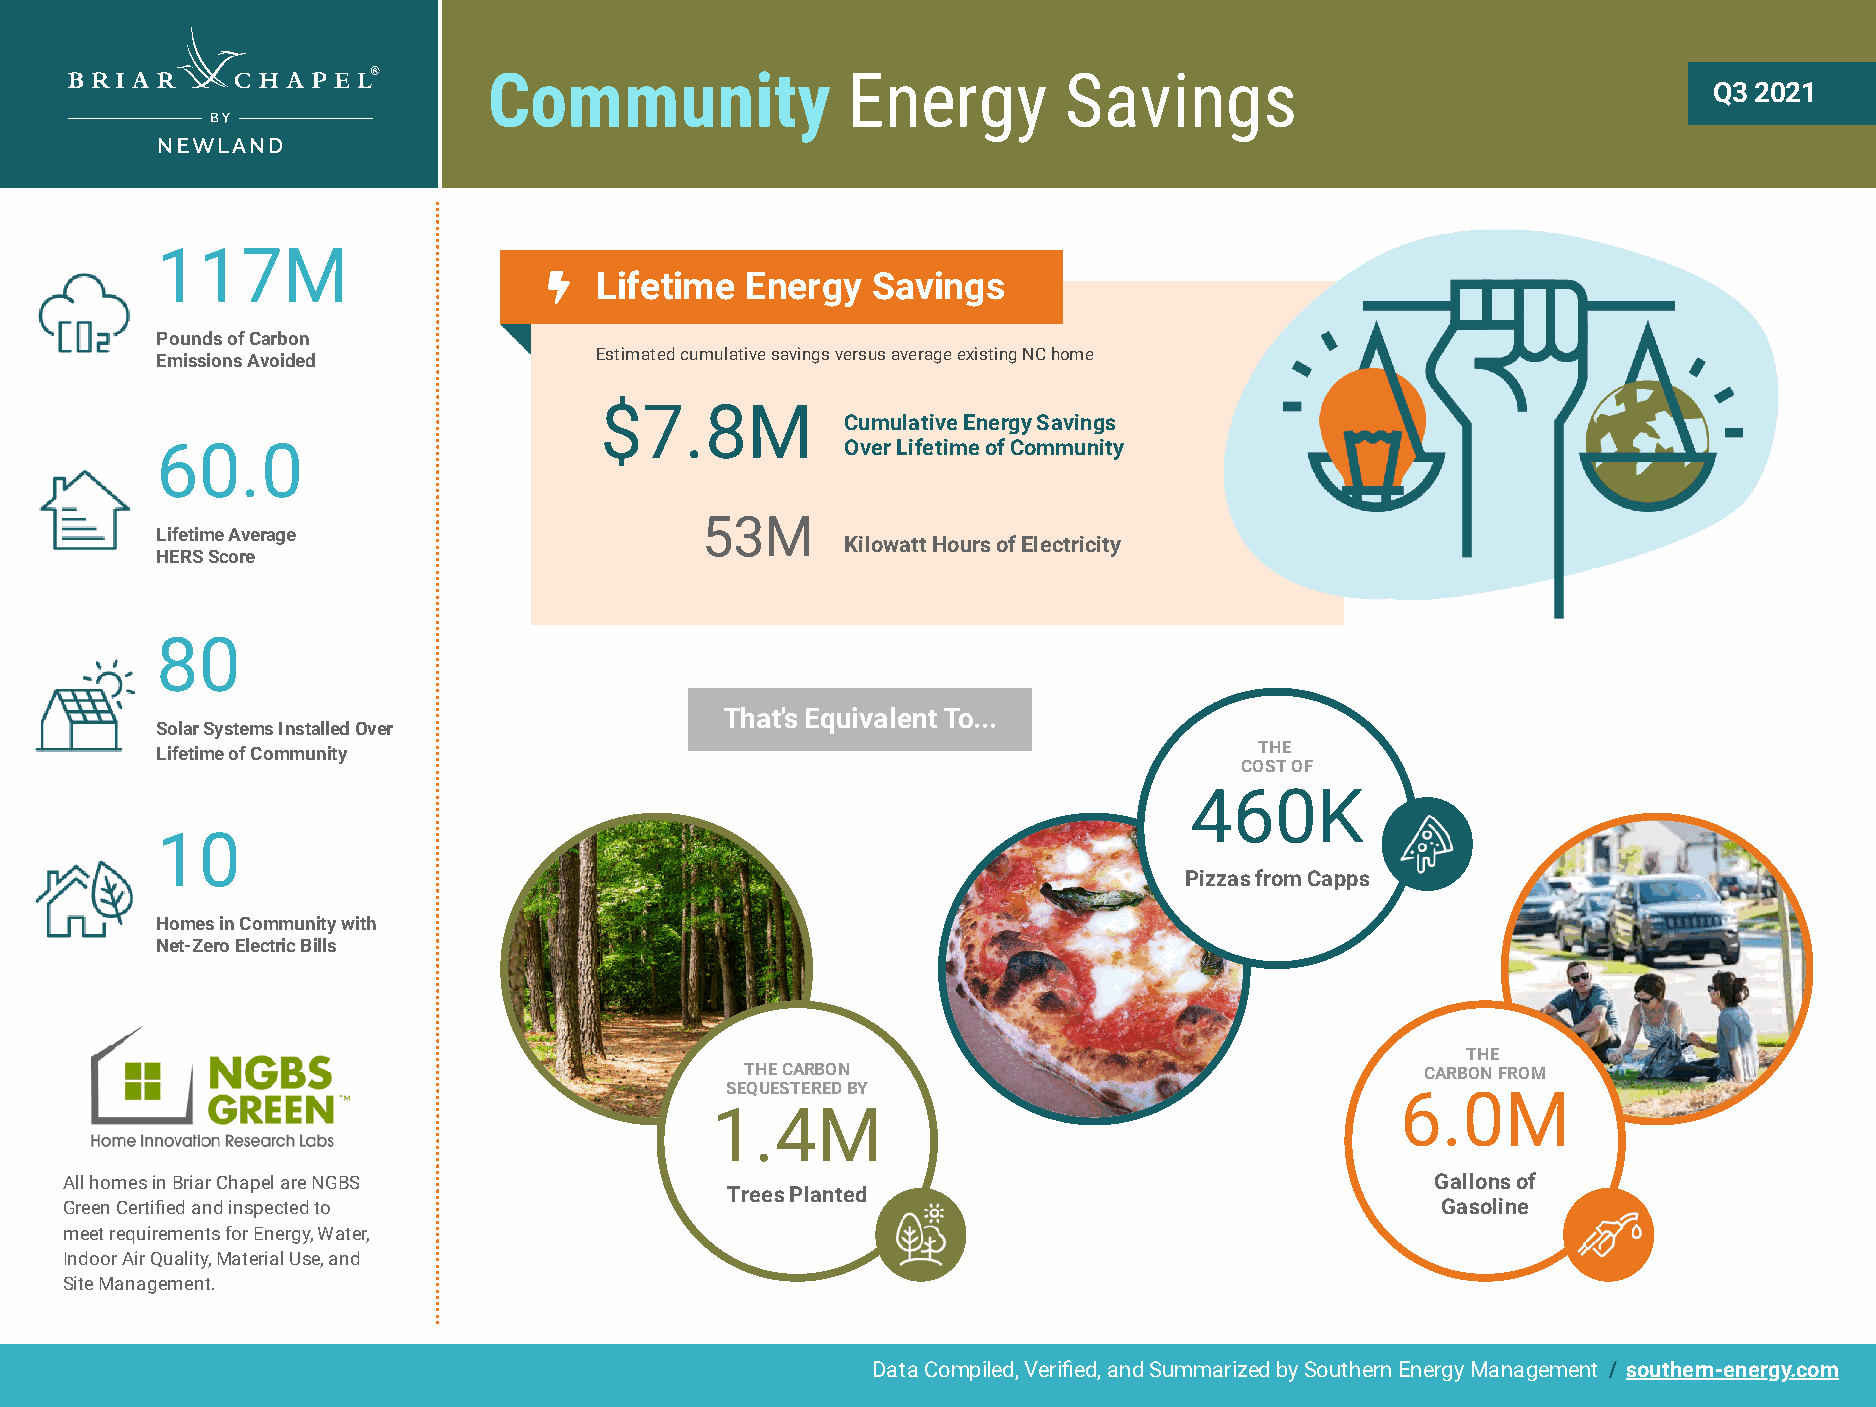
Community               Energy        Savings
 Q3 2021
 117M
 Lifetime  Energy   Savings
 Pounds of Carbon
 Estimated cumulative savings versus average existing NC home
 Emissions Avoided
 $7.8M
 Cumulative Energy Savings
 60.0                                          Over Lifetime of Community
 53M
 Lifetime Average
 Kilowatt Hours of Electricity
 HERS Score
 80
 That's Equivalent To...
 Solar Systems Installed Over
 Lifetime of Community                                                    THE
 COST OF
 460K
 10
 Pizzas from Capps
 Homes in Community with
 Net-Zero Electric Bills
 THE
 THE CARBON                                   CARBON FROM
 SEQUESTERED BY
 6.0M
 1.4M
 All homes in Briar Chapel are NGBS                                                         Gallons of
 Trees Planted
 Green Certied and inspected to                                                            Gasoline
 meet requirements for Energy, Water,
 Indoor Air Quality, Material Use, and
 Site Management.
 Data Compiled, Veried, and Summarized by Southern Energy Management / southern-energy.com